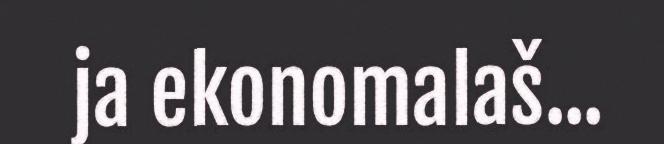
ja ekonomalaš...